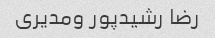
رضا رشیدپور ومدیری